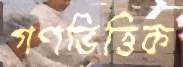
গণভিত্তিক